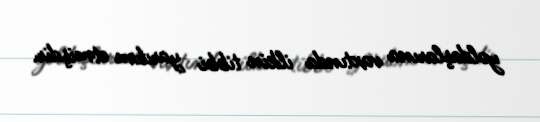
yoldaşlarına vaxtında ilkin tibbi yardım etmişdir.